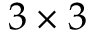
3 \times 3